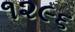
૧૨૯૬